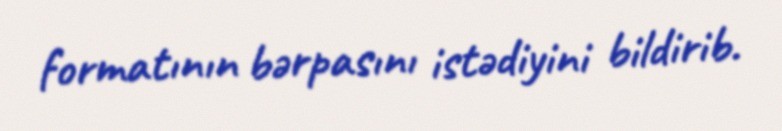
formatının bərpasını istədiyini bildirib.